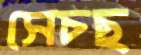
সেচছ